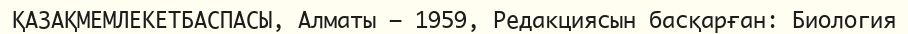
ҚАЗАҚМЕМЛЕКЕТБАСПАСЫ, Алматы — 1959, Редакциясын басқарған: Биология